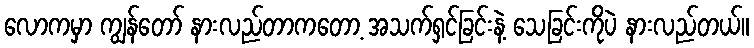
လောကမှာ ကျွန်တော် နားလည်တာကတော့ အသက်ရှင်ခြင်းနဲ့ သေခြင်းကိုပဲ နားလည်တယ်။